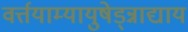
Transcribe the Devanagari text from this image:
वर्त्तयाम्यायुषेड्न्नाद्याय